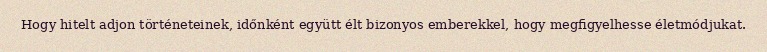
Hogy hitelt adjon történeteinek, időnként együtt élt bizonyos emberekkel, hogy megfigyelhesse életmódjukat.